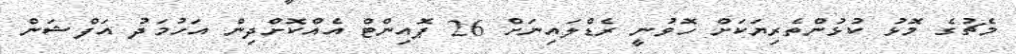
މެޗުގެ މޮޅު ކުޅުންތެރިޔަކަށް ހޮވުނީ ރެޑްލައިނަށް 26 ޕޮއިންޓް އެއްކޮށްދިން އަހުމަދު އަފްޝަން